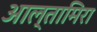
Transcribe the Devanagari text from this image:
आल्तामिरा